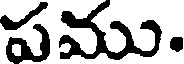
పము.